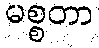
မစ္စတာ